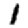
Digit: 1